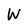
Character: W